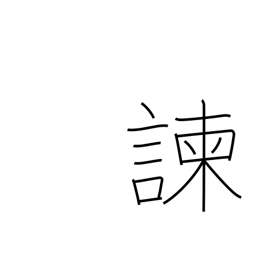
Meaning: dissuade